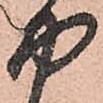
や